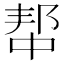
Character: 𫑢